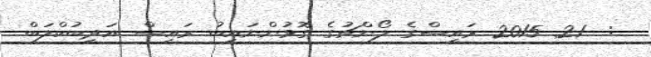
:  21